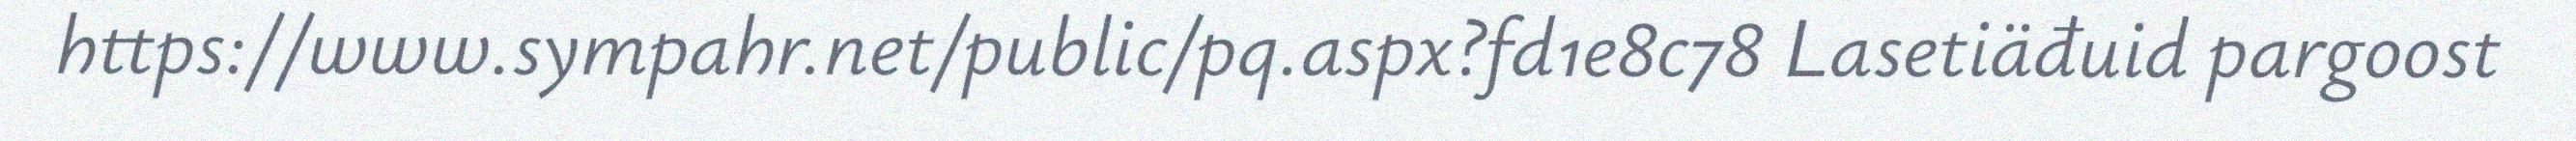
https://www.sympahr.net/public/pq.aspx?fd1e8c78 Lasetiäđuid pargoost